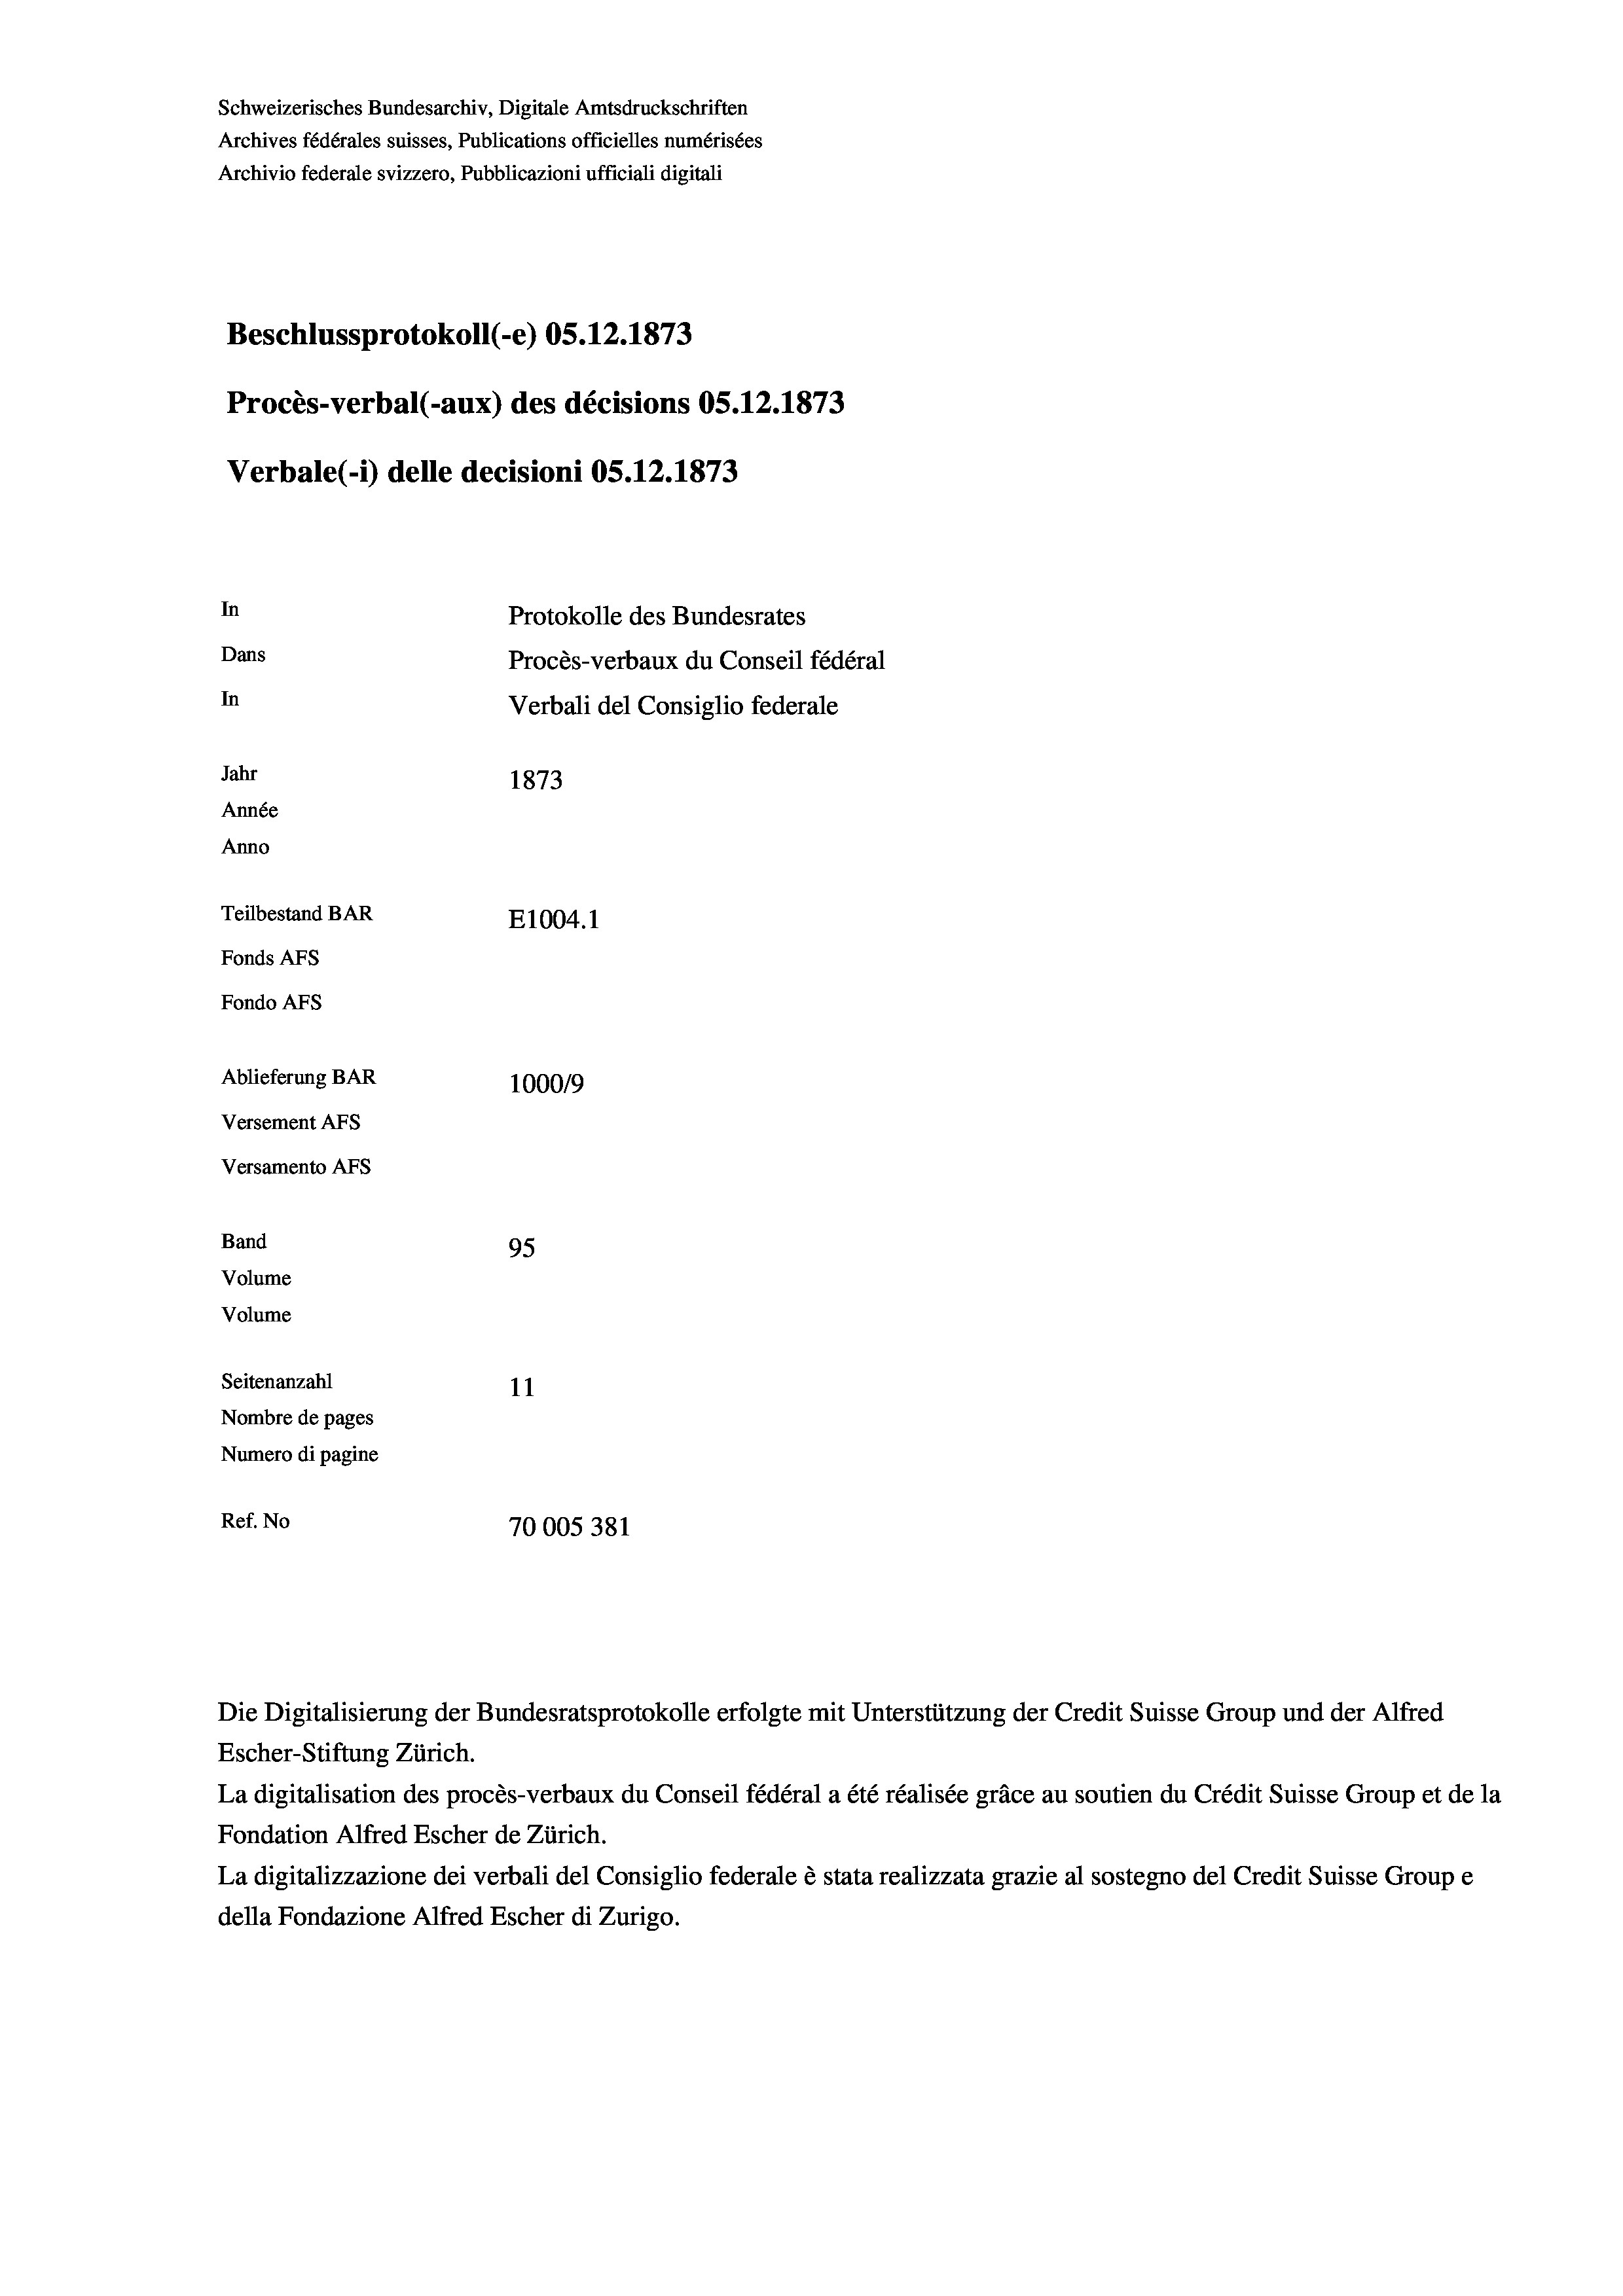
Schweizerisches Bundesarchiv, Digitale Amtsdruckschriften
Archives fédérales suisses, Publications officielles numérisées
Archivio federale svizzero, Pubblicazioni ufficiali digitali
Beschlussprotokoll (-e) OS.12.1873
Procès-verbal (-aux) des décisions OS.12.1873
Verbale(-*) delle decisioni OS.12.1873
In
Protokolle des Bundesrates
Dans
Procès-verbaux du Conseil fédéral
In
Verbali del Consiglio federale
Jahr
1873
Année
Anno
Teilbestand BAR
E1004. 1
Fonds AFs
Fondo AFs
Ablieferung BAR
100019
Versement Abs
Versamento Afs
Band
95
Volume
Volume
Seitenanzahl
11
Nombre de pages
Numero di pagine
Ref. No
70005381

Die Digitalisierung der Bundesratsprotokolle erfolgte mit Unterstützung der Credit Suisse Group und der Alfred
Escher-Stiftung Zürich.
La digitalisation des procès-verbaux du Conseil fédéral a été réalisée gräce au soutien du Crédit Suisse Group et de la
Fondation Alfred Escher de Zürich.
La digitalizzazione dei verbali del Consiglio federale è stata realizzata grazie al sostegno del Credit Suisse Groupe
della Fondazione Alfred Escher di Zurigo.